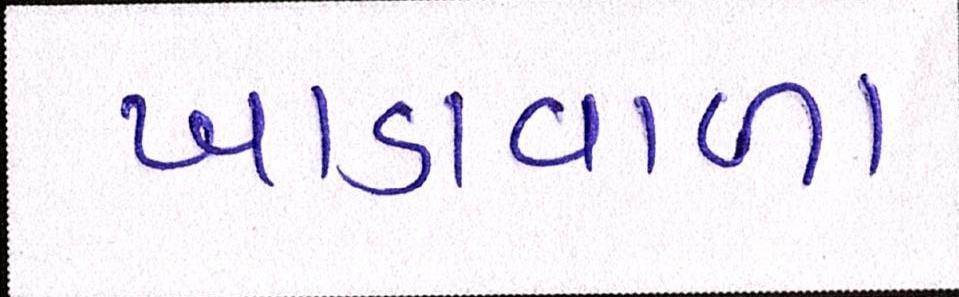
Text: ખાડાવાળા